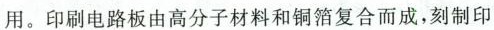
用。印刷电路板由高分子材料和铜箔复合而成，刻制印